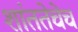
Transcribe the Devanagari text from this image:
शांततेचेच